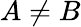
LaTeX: A\ne B